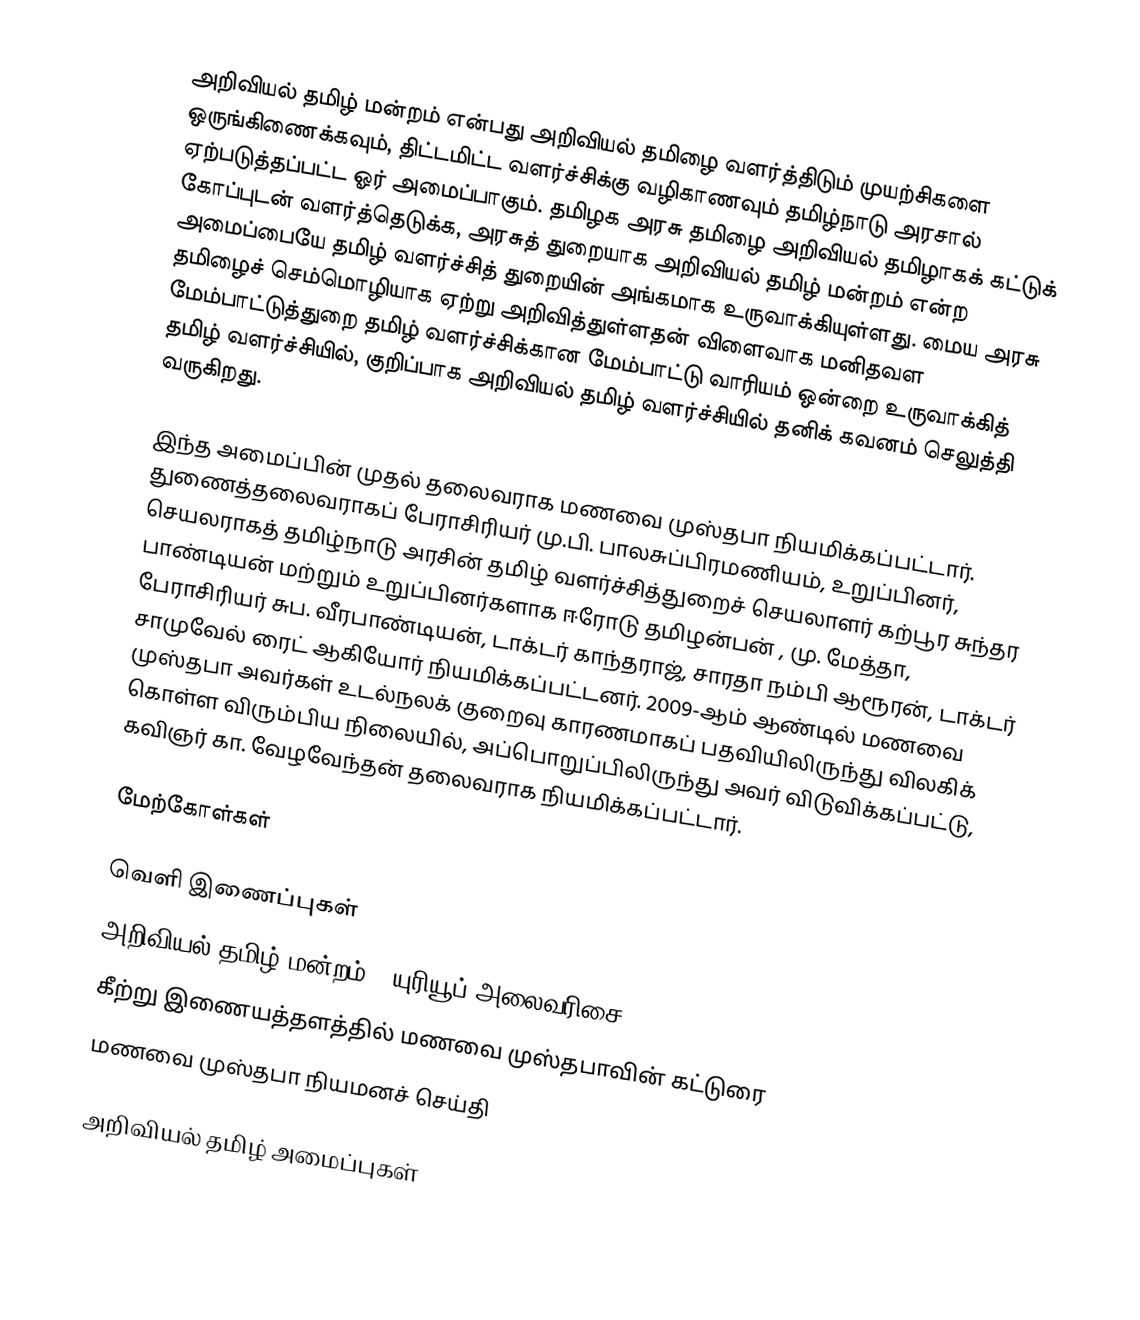
அறிவியல் தமிழ் மன்றம் என்பது அறிவியல் தமிழை வளர்த்திடும் முயற்சிகளை ஒருங்கிணைக்கவும், திட்டமிட்ட வளர்ச்சிக்கு வழிகாணவும் தமிழ்நாடு அரசால் ஏற்படுத்தப்பட்ட ஓர் அமைப்பாகும். தமிழக அரசு தமிழை அறிவியல் தமிழாகக் கட்டுக் கோப்புடன் வளர்த்தெடுக்க, அரசுத் துறையாக அறிவியல் தமிழ் மன்றம் என்ற அமைப்பையே தமிழ் வளர்ச்சித் துறையின் அங்கமாக உருவாக்கியுள்ளது. மைய அரசு தமிழைச் செம்மொழியாக ஏற்று அறிவித்துள்ளதன் விளைவாக மனிதவள மேம்பாட்டுத்துறை தமிழ் வளர்ச்சிக்கான மேம்பாட்டு வாரியம் ஒன்றை உருவாக்கித் தமிழ் வளர்ச்சியில், குறிப்பாக அறிவியல் தமிழ் வளர்ச்சியில் தனிக் கவனம் செலுத்தி வருகிறது.

இந்த அமைப்பின் முதல் தலைவராக மணவை முஸ்தபா நியமிக்கப்பட்டார். துணைத்தலைவராகப் பேராசிரியர் மு.பி. பாலசுப்பிரமணியம்,  உறுப்பினர், செயலராகத் தமிழ்நாடு அரசின் தமிழ் வளர்ச்சித்துறைச் செயலாளர் கற்பூர சுந்தர பாண்டியன் மற்றும் உறுப்பினர்களாக ஈரோடு தமிழன்பன் , மு. மேத்தா, பேராசிரியர் சுப. வீரபாண்டியன், டாக்டர் காந்தராஜ், சாரதா நம்பி ஆரூரன், டாக்டர் சாமுவேல் ரைட் ஆகியோர் நியமிக்கப்பட்டனர். 2009-ஆம் ஆண்டில் மணவை முஸ்தபா அவர்கள் உடல்நலக் குறைவு காரணமாகப் பதவியிலிருந்து விலகிக் கொள்ள விரும்பிய  நிலையில், அப்பொறுப்பிலிருந்து அவர் விடுவிக்கப்பட்டு, கவிஞர் கா. வேழவேந்தன் தலைவராக நியமிக்கப்பட்டார்.

மேற்கோள்கள்

வெளி இணைப்புகள்
 அறிவியல் தமிழ் மன்றம் - யுரியூப் அலைவரிசை
 கீற்று இணையத்தளத்தில் மணவை முஸ்தபாவின் கட்டுரை
 மணவை முஸ்தபா நியமனச் செய்தி

அறிவியல் தமிழ் அமைப்புகள்